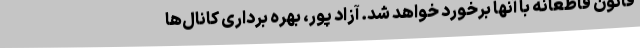
قانون قاطعانه با آنها برخورد خواهد شد. آزاد پور، بهره برداری کانال‌ها